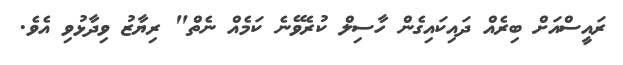
ރައީސްއަށް ބިރެއް ދައިކައިގެން ހާސިލް ކުރެވޭނެ ކަމެއް ނެތް" ރިޔާޒު ވިދާޅުވި އެވެ.